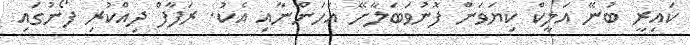
ކައިރީ ބުނޭ އަލީކް ކިޔަވަން ފޮނުވަބަލާށޭ އަހަންނާއި އެކު. ރަފާފް ދިއްކުރި ފޯނުގައި